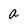
Character: a